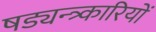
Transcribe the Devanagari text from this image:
षड्यन्त्र्कारियों